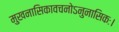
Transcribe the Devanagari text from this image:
मुखनासिकावचनोऽनुनासिकः।